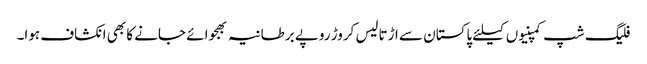
فلیگ شپ کمپنیوں کیلئے پاکستان سے اڑتالیس کروڑ روپے برطانیہ بھجوائے جانے کا بھی انکشاف ہوا۔